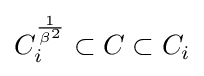
C_{i}^{\frac {1}{\beta ^{2}}}\subset C\subset C_{i}